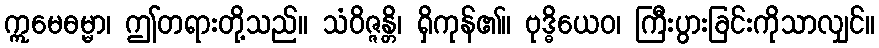
ဣမေဓမ္မာ၊ ဤတရားတို့သည်။ သံဝိဇ္ဇန္တိ၊ ရှိကုန်၏။ ဗုဒ္ဓိယေဝ၊ ကြီးပွားခြင်းကိုသာလျှင်။